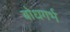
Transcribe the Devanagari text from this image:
बोधगर्भ